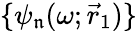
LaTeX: \{ \psi_{\mathfrak{n}}(\omega;\vec{r}_{1})\}